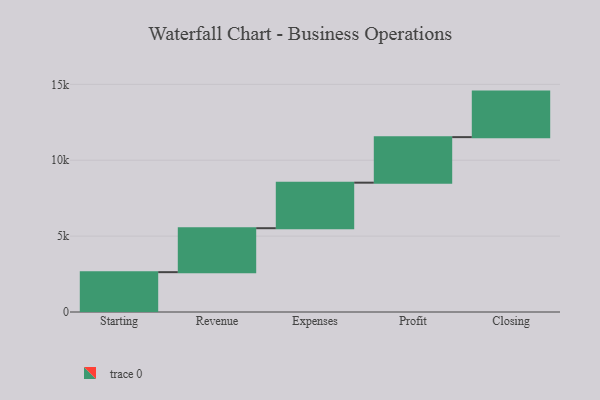
{"axis": {"x": "Step", "y": "Value"}, "legend": [""], "data": [{"x": "Starting", "y": 2625.0, "type": ""}, {"x": "Revenue", "y": 2896.0, "type": ""}, {"x": "Expenses", "y": 3000, "type": ""}, {"x": "Profit", "y": 3000, "type": ""}, {"x": "Closing", "y": 3000, "type": ""}]}